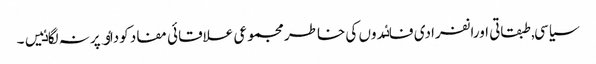
سیاسی, طبقاتی اورانفرادی فاٸدوں کی خاطر مجموعی علاقائی مفاد کوداٶ پرنہ لگاٸیں۔